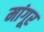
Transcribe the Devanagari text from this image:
मांगूर